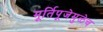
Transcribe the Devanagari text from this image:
मूर्तिपूजेमुळेच